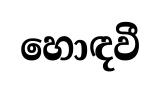
හොඳවී